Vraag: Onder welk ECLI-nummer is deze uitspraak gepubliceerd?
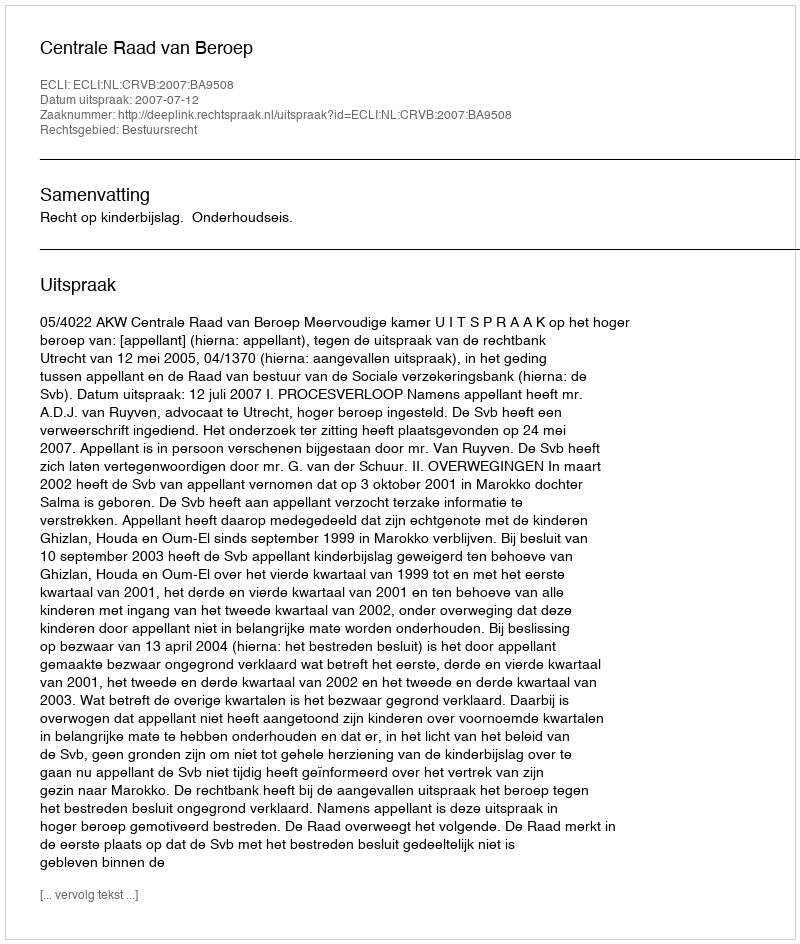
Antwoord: ECLI:NL:CRVB:2007:BA9508